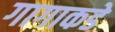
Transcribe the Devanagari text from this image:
गागाकडे